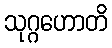
သုဂ္ဂဟောတိ